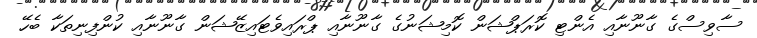
ސާވިސްގެ ގާނޫނާއި އެންޓި ކޮރަޕްޝަން ކޮމިޝަނުގެ ގާނޫނާއި ޕްރައިވެޓައިޒޭޝަން ގާނޫނާއި ކުންފިނިތަކާ ބެހޭ